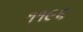
૧૧૯૬